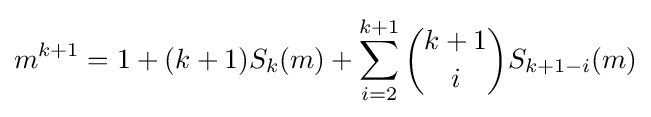
m^{k+1}=1+(k+1)S_{k}(m)+\sum _{i=2}^{k+1}{\binom {k+1}{i}}S_{k+1-i}(m)